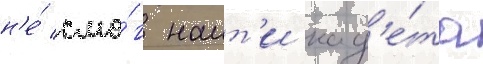
н'е́ смо́г наит'и кад'е́та